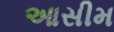
આસીમ